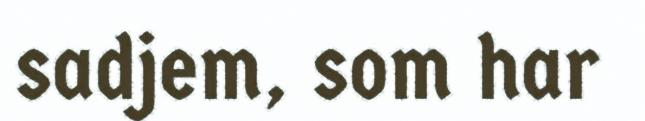
sadjem, som har